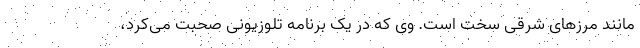
مانند مرزهای شرقی سخت است. وی که در یک برنامه تلوزیونی صحبت می‌کرد،